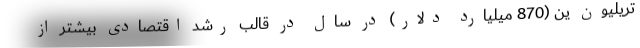
تریلیون ین (870 میلیارد دلار) در سال در قالب رشد اقتصادی بیشتر از